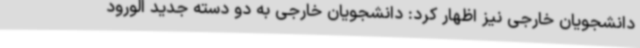
دانشجویان خارجی نیز اظهار کرد: دانشجویان خارجی به دو دسته جدید الورود